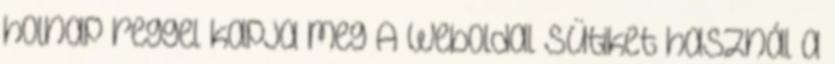
holnap reggel kapja meg A weboldal sütiket használ a